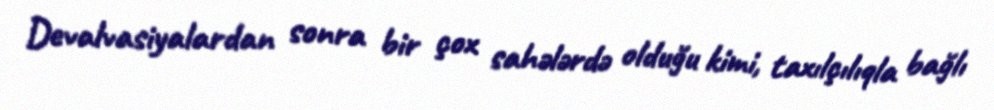
Devalvasiyalardan sonra bir çox sahələrdə olduğu kimi, taxılçılıqla bağlı